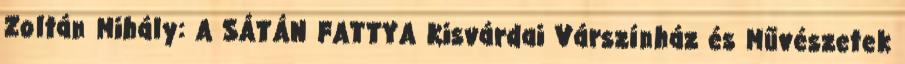
Zoltán Mihály: A SÁTÁN FATTYA Kisvárdai Várszínház és Művészetek